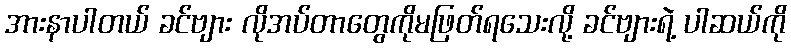
အားနာပါတယ် ခင်ဗျား လိုအပ်တာတွေကိုမဖြတ်ရသေးလို့ ခင်ဗျားရဲ့ ပါဆယ်ကို